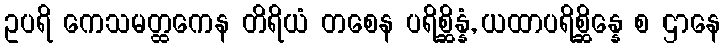
ဥပရိ ကေသမတ္ထကေန တိရိယံ တစေန ပရိစ္ဆိန္နံ, ယထာပရိစ္ဆိန္နေ စ ဌာနေ